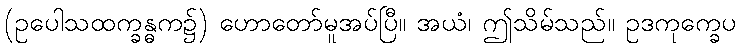
(ဥပေါသထက္ခန္ဓက၌) ဟောတော်မူအပ်ပြီ။ အယံ၊ ဤသိမ်သည်။ ဥဒကုက္ခေပ